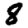
Digit: 8